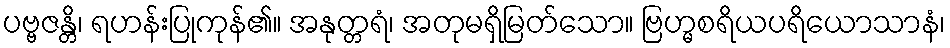
ပဗ္ဗဇန္တိ၊ ရဟန်းပြုကုန်၏။ အနုတ္တရံ၊ အတုမရှိမြတ်သော။ ဗြဟ္မစရိယပရိယောသာနံ၊